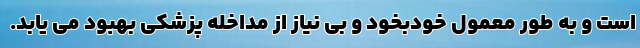
است و به طور معمول خودبخود و بی نیاز از مداخله پزشکی بهبود می یابد.